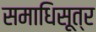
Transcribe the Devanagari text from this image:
समाधिसूत्र